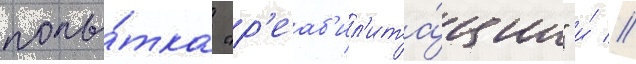
попы́тка "р'еаб'ил'ита́ции" и́ //